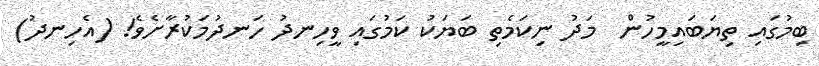
ބިމުގައި ތިޔަބައިމީހުން  މަދު ނިކަމެތި ބަޔަކު ކަމުގައި ވީހިނދު ހަނދުމަކުރާށެވެ! (އެހިނދު)